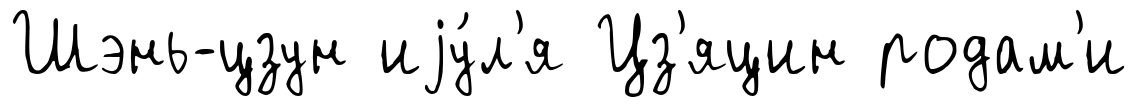
Шэнь-цзун иjу́л'я Цз'яцин родам'и